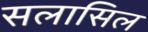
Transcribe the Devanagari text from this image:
सलासिल